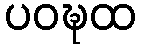
ပဝဍ္ဎထ